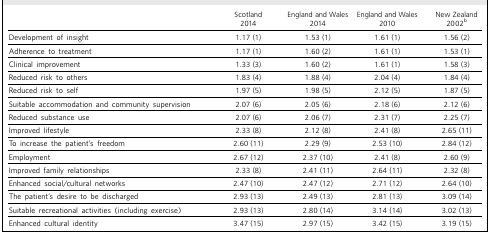
<table><thead><tr><td></td><td><b>Scotland2014</b></td><td><b>England and Wales2014</b></td><td><b>England and Wales2010</b></td><td><b>New Zealand2002<sup>b</sup></b></td></tr></thead><tbody><tr><td>Development of insight</td><td>1.17 (1)</td><td>1.53 (1)</td><td>1.61 (1)</td><td>1.56 (2)</td></tr><tr><td>Adherence to treatment</td><td>1.17 (1)</td><td>1.60 (2)</td><td>1.61 (1)</td><td>1.53 (1)</td></tr><tr><td>Clinical improvement</td><td>1.33 (3)</td><td>1.60 (2)</td><td>1.61 (1)</td><td>1.58 (3)</td></tr><tr><td>Reduced risk to others</td><td>1.83 (4)</td><td>1.88 (4)</td><td>2.04 (4)</td><td>1.84 (4)</td></tr><tr><td>Reduced risk to self</td><td>1.97 (5)</td><td>1.98 (5)</td><td>2.12 (5)</td><td>1.87 (5)</td></tr><tr><td>Suitable accommodation and community supervision</td><td>2.07 (6)</td><td>2.05 (6)</td><td>2.18 (6)</td><td>2.12 (6)</td></tr><tr><td>Reduced substance use</td><td>2.07 (6)</td><td>2.06 (7)</td><td>2.31 (7)</td><td>2.25 (7)</td></tr><tr><td>Improved lifestyle</td><td>2.33 (8)</td><td>2.12 (8)</td><td>2.41 (8)</td><td>2.65 (11)</td></tr><tr><td>To increase the patient&#x27;s freedom</td><td>2.60 (11)</td><td>2.29 (9)</td><td>2.53 (10)</td><td>2.84 (12)</td></tr><tr><td>Employment</td><td>2.67 (12)</td><td>2.37 (10)</td><td>2.41 (8)</td><td>2.60 (9)</td></tr><tr><td>Improved family relationships</td><td>2.33 (8)</td><td>2.41 (11)</td><td>2.64 (11)</td><td>2.32 (8)</td></tr><tr><td>Enhanced social/cultural networks</td><td>2.47 (10)</td><td>2.47 (12)</td><td>2.71 (12)</td><td>2.64 (10)</td></tr><tr><td>The patient&#x27;s desire to be discharged</td><td>2.93 (13)</td><td>2.49 (13)</td><td>2.81 (13)</td><td>3.09 (14)</td></tr><tr><td>Suitable recreational activities (including exercise)</td><td>2.93 (13)</td><td>2.80 (14)</td><td>3.14(14)</td><td>3.02 (13)</td></tr><tr><td>Enhanced cultural identity</td><td>3.47 (15)</td><td>2.97 (15)</td><td>3.42 (15)</td><td>3.19 (15)</td></tr></tbody></table>